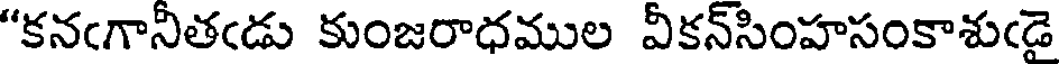
"కనఁగానీతఁడు కుంజరాధముల వీకన్సింహసంకాశుఁడై